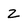
Character: 2